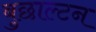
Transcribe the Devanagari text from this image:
बुछाल्टन